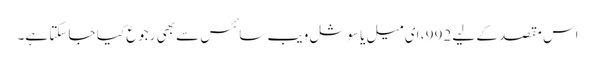
اس مقصد کے لیے 992 ، ای میل یا سوشل ویب سائٹس سے بھی رجوع کیا جا سکتا ہے۔